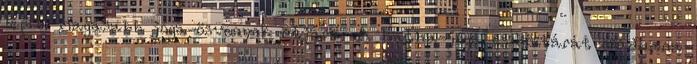
lép a magasabb jóga-ösvenyek útjára. A hatha-jóga eszköztárát szádhana